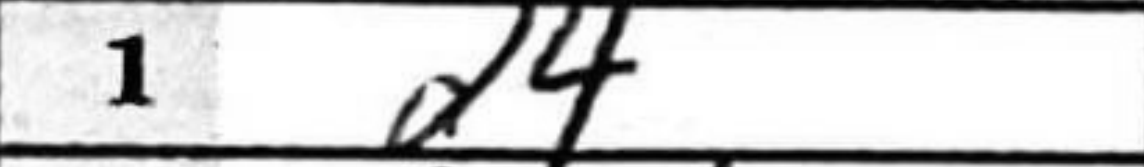
Transcription: d4